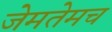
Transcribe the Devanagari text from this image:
जेमतेमच